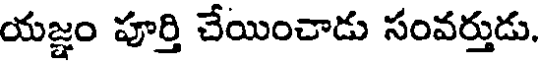
యజ్ఞం పూర్తి చేయించాడు సంవర్తుడు.